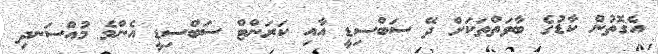
އެގޮތުން ކާޑުގެ ބާވަތްތަކަށް ދޭ ސަބްސިޑީ އާއި ކަރަންޓް ސަބްސިޑީ އެންމެ މުއްސަނދި